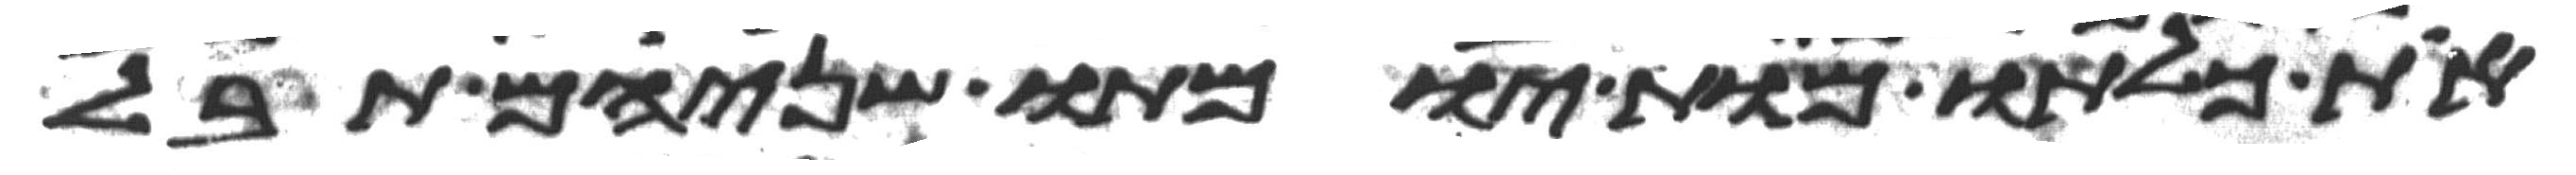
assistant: את כלתו מות יומתו שניהם תבל